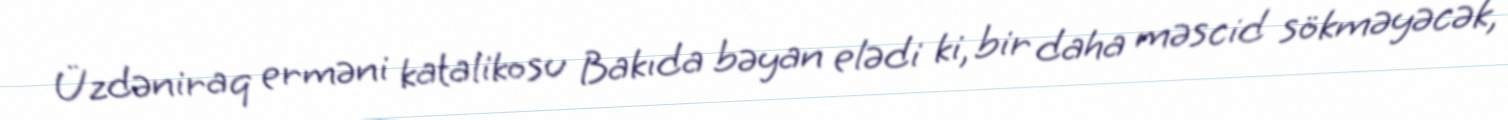
Üzdəniraq erməni katalikosu Bakıda bəyan elədi ki, bir daha məscid sökməyəcək,